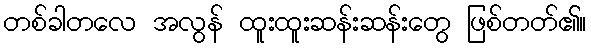
တစ်ခါတလေ အလွန် ထူးထူးဆန်းဆန်းတွေ ဖြစ်တတ်၏။